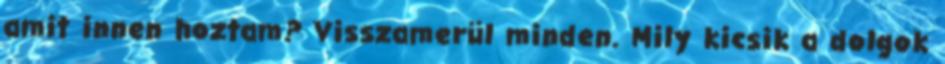
amit innen hoztam? Visszamerül minden. Mily kicsik a dolgok